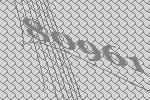
80961